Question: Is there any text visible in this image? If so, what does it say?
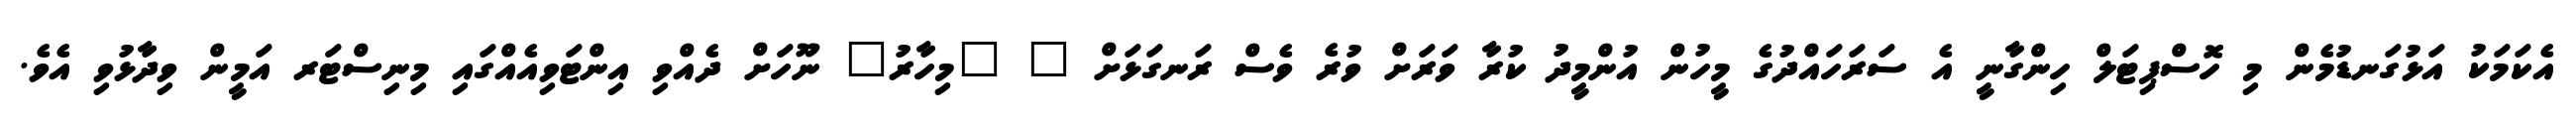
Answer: އެކަމަކު އަޅުގަނޑުމެން މި ހޮސްޕިޓަލް ހިންގާނީ އެ ސަރަހައްދުގެ މީހުން އުންމީދު ކުރާ ވަރަށް ވުރެ ވެސް ރަނގަޅަށް " "މިހާރު" ނޫހަށް ދެއްވި އިންޓަވިއެއްގައި މިނިސްޓަރ އަމީން ވިދާޅުވި އެވެ.